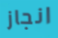
انجاز